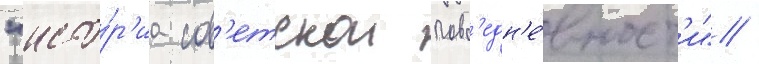
"исто́р'иа сов'етскои повс'едн'е́вност'и" /